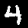
Digit: 4